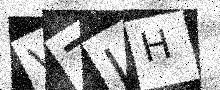
Text: V7JH